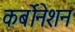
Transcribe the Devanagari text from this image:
कर्बोनेशन